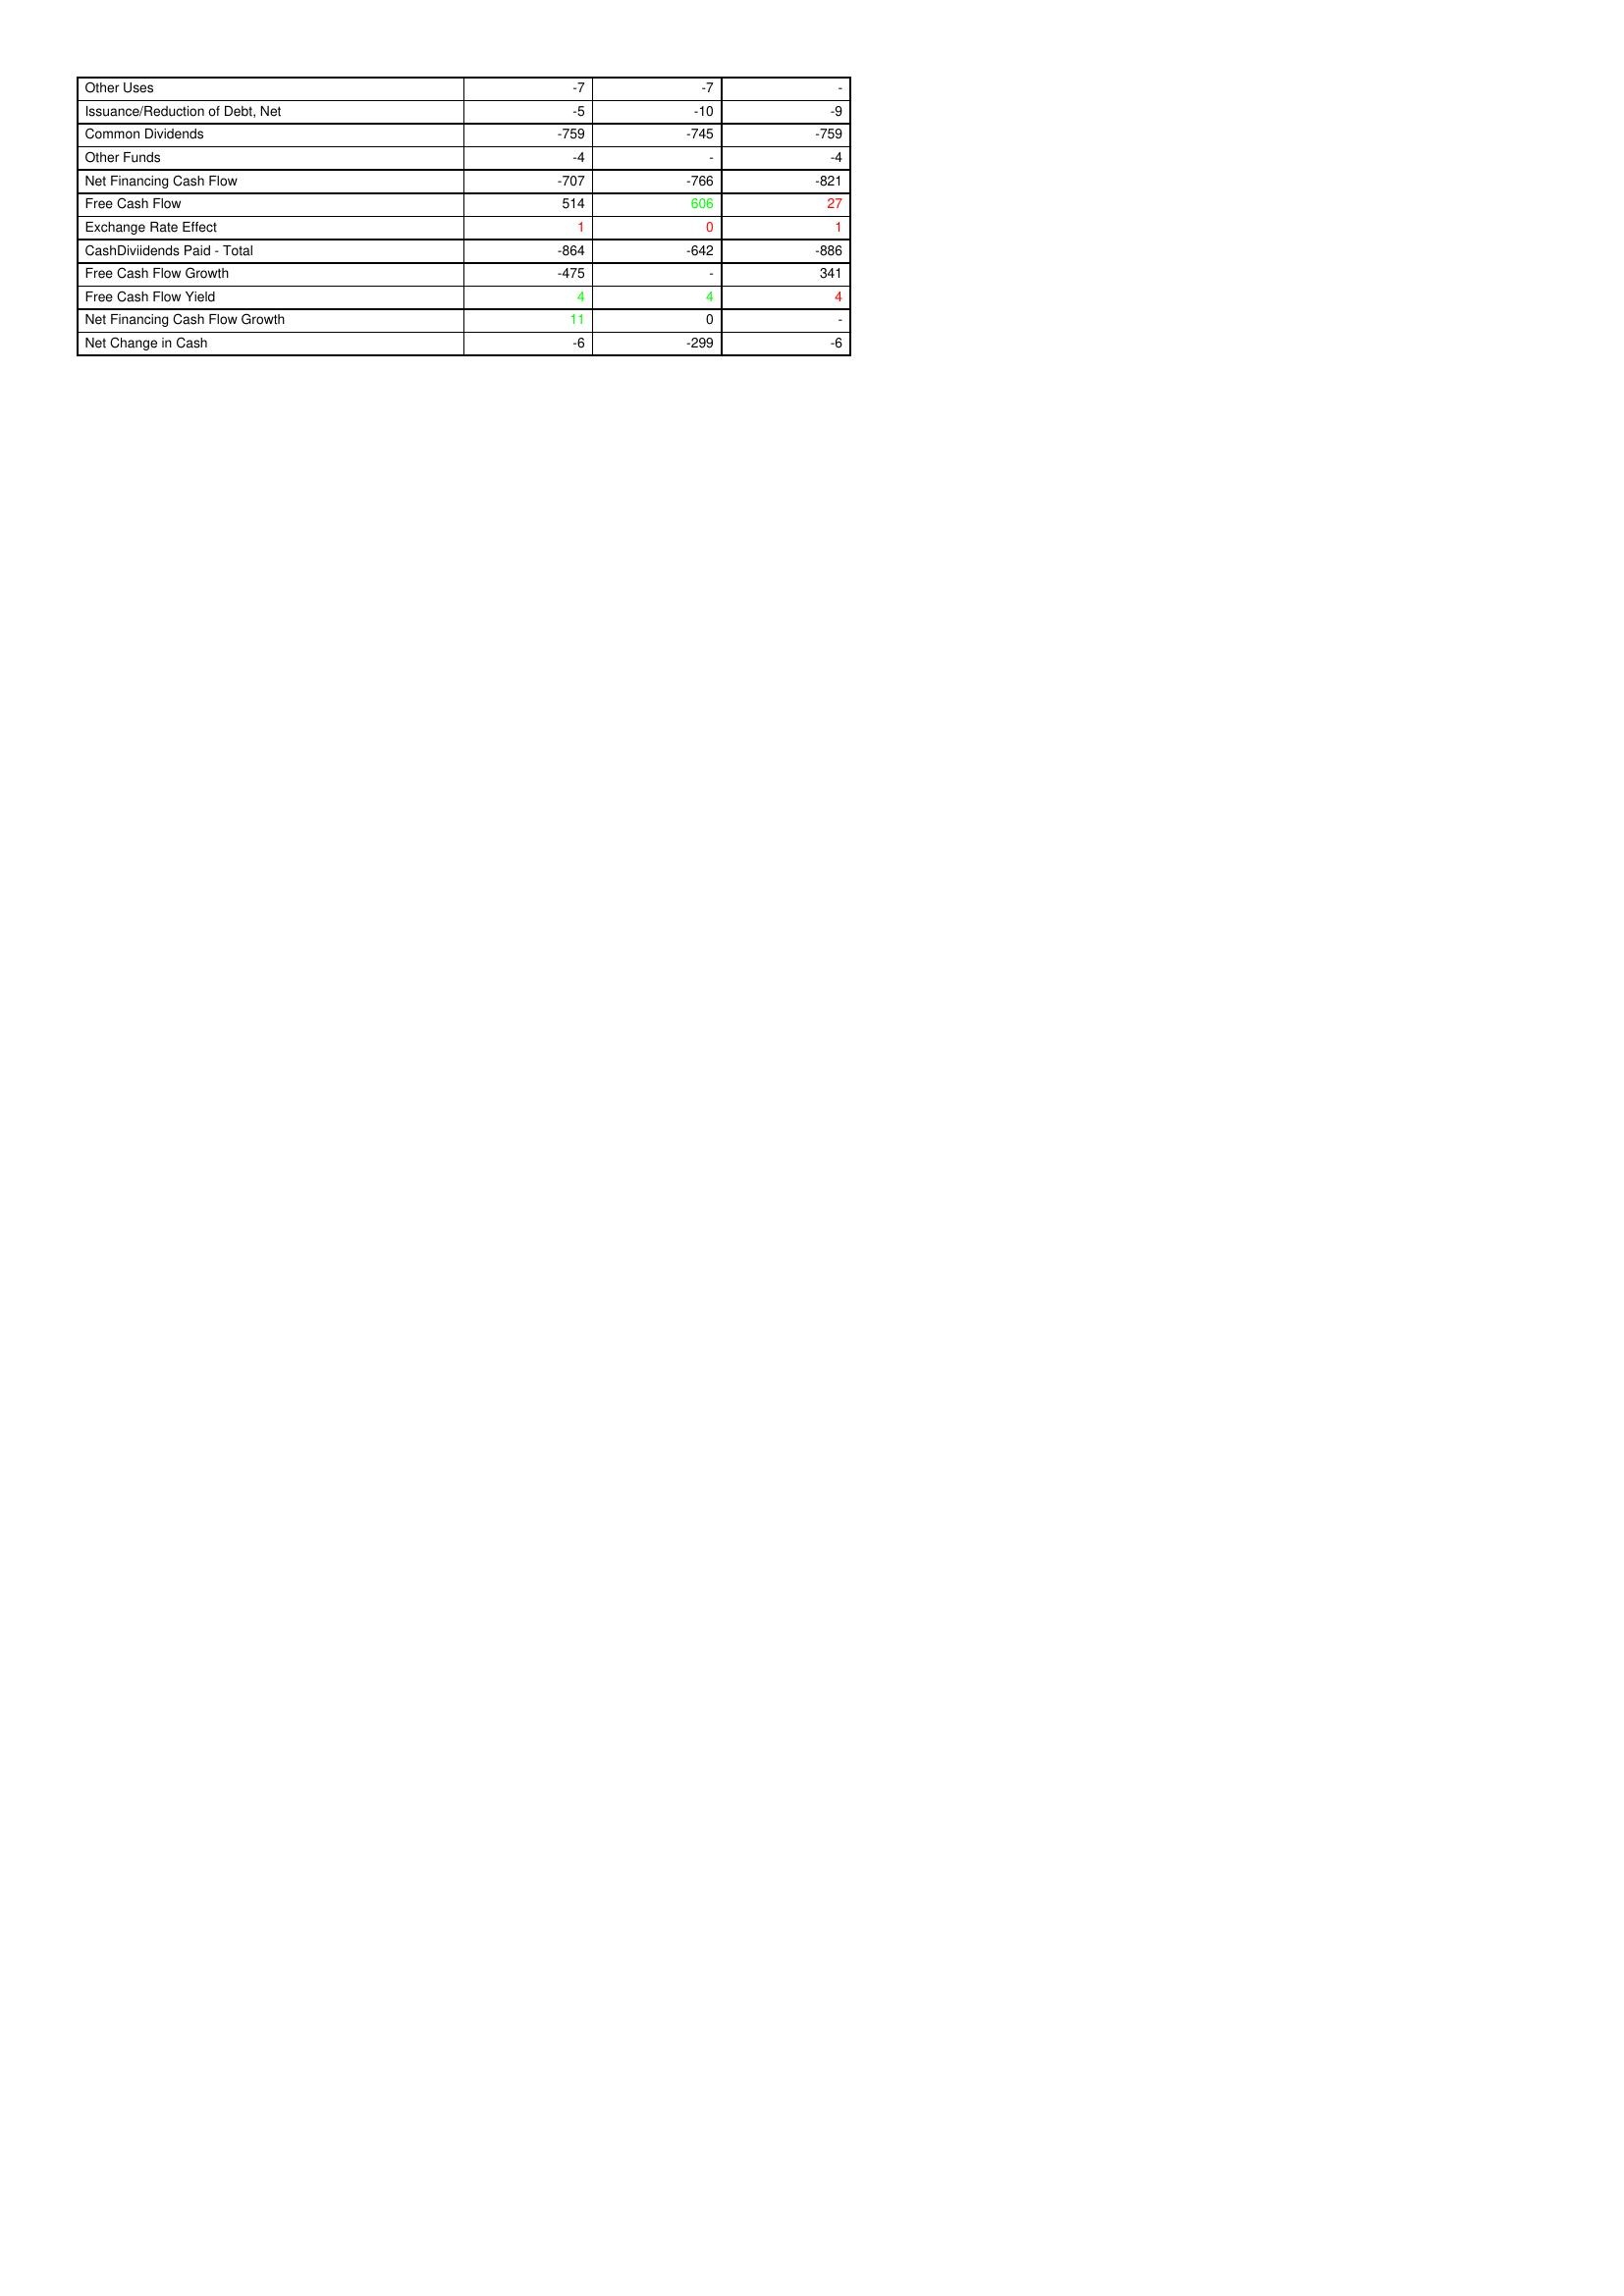
gt_parse: 2007: Financing Activities: Other Uses: -7
Issuance/Reduction of Debt, Net: -5
Common Dividends: -759
Other Funds: -4
Net Financing Cash Flow: -707
Free Cash Flow: 514
Exchange Rate Effect: 1
CashDiviidends Paid - Total: -864
Free Cash Flow Growth: -475
Free Cash Flow Yield: 4
Net Financing Cash Flow Growth: 11
Net Change in Cash: -6
2008: Financing Activities: Other Uses: -7
Issuance/Reduction of Debt, Net: -10
Common Dividends: -745
Other Funds: -
Net Financing Cash Flow: -766
Free Cash Flow: 606
Exchange Rate Effect: 0
CashDiviidends Paid - Total: -642
Free Cash Flow Growth: -
Free Cash Flow Yield: 4
Net Financing Cash Flow Growth: 0
Net Change in Cash: -299
2009: Financing Activities: Other Uses: -
Issuance/Reduction of Debt, Net: -9
Common Dividends: -759
Other Funds: -4
Net Financing Cash Flow: -821
Free Cash Flow: 27
Exchange Rate Effect: 1
CashDiviidends Paid - Total: -886
Free Cash Flow Growth: 341
Free Cash Flow Yield: 4
Net Financing Cash Flow Growth: -
Net Change in Cash: -6